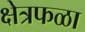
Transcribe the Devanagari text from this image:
क्षेत्रफळा